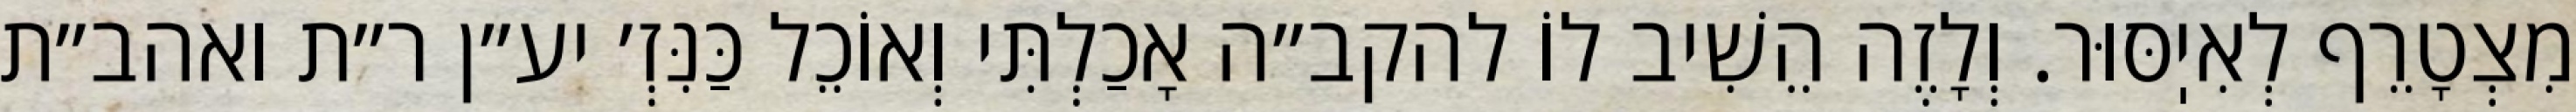
מִצְטָרֵף לְאִיֽסּוּר. וְלָזֶה הֵשִׁיב לוֹ להקב״ה אָכַלְתִּי וְאוֹכֵל כַּנִּזְ׳ יע״ן ר״ת ואהב״ת